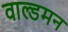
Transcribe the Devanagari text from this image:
वाल्डमन